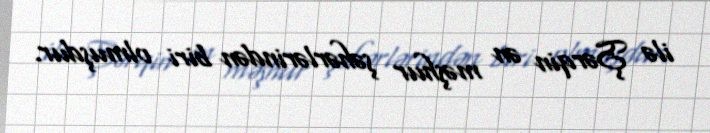
ilə Şərqin ən məşhur şəhərlərindən biri olmuşdur.